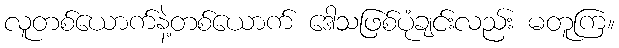
လူတစ်ယောက်နဲ့တစ်ယောက် ဒေါသဖြစ်ပုံချင်းလည်း မတူကြ။